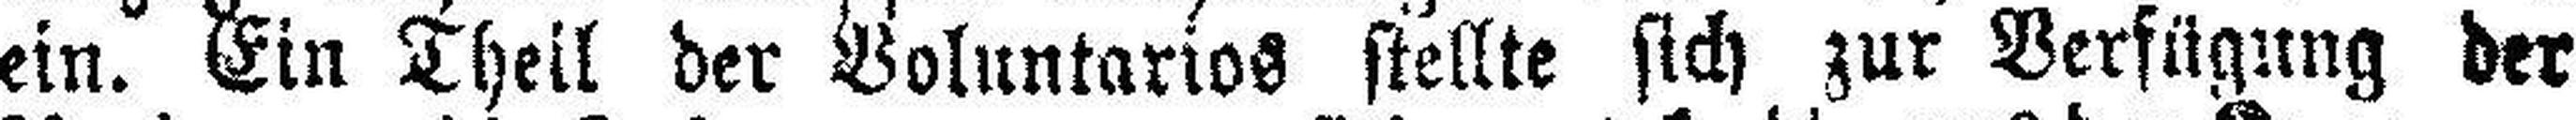
ein. Ein Theil der Boluntarios stellte sich zur Verfügung der